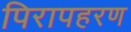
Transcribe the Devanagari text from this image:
पिरापहरण